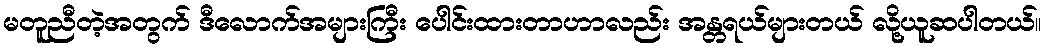
မတူညီတဲ့အတွက် ဒီလောက်အများကြီး ပေါင်းထားတာဟာလည်း အန္တရယ်များတယ် လို့ယူဆပါတယ်။